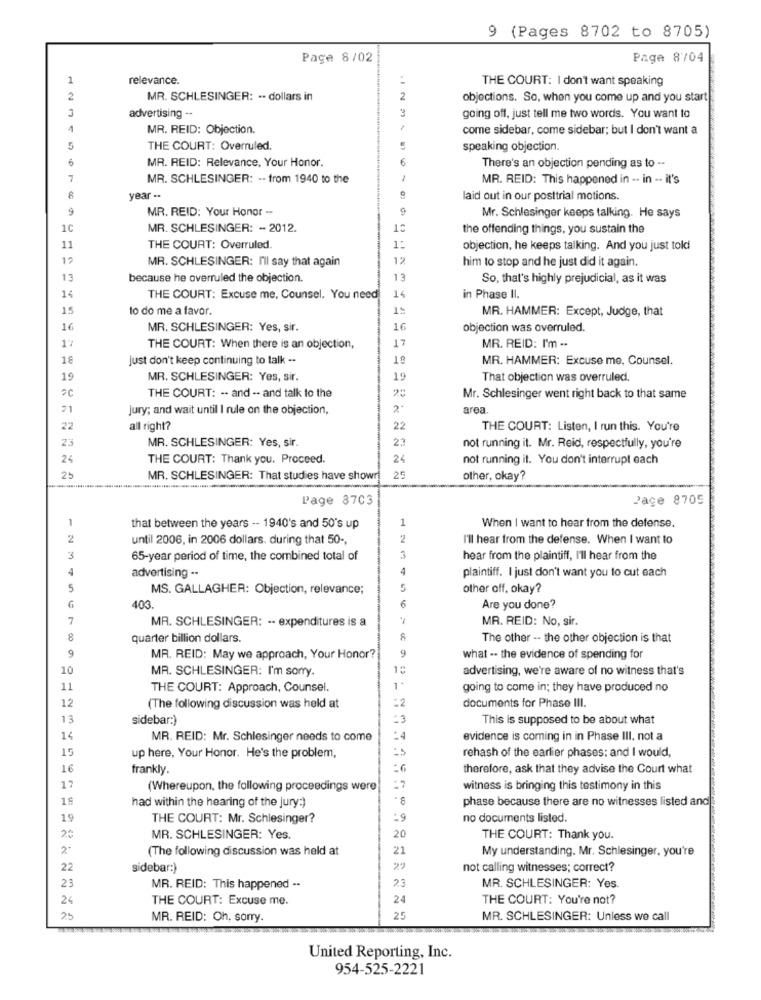
9 (Pages 8702 to 8705)
Page 8/02
Page 8704
1
relevance.
THE COURT: I don't want speaking
2
MR. SCHLESINGER: .. dollars in
2
objections. So, when you come up and you start
3
advertising -.
3
going off, just tell me two words. You want to
MR. REID: Objection.
come sidebar, come sidebar; but I don't want a
5
THE COURT: Overruled.
speaking objection.
6
MR. REID: Relevance, Your Honor.
6
There's an objection pending as to --
7
MR. SCHLESINGER: -- from 1940 to the
MR. REID: This happened in .. in -- it's
year -.
laid out in our posttrial motions.
MR. REID: Your Honor --
9
Mr. Schlesinger keeps talking. He says
1C
MR. SCHLESINGER: - 2012.
the offending things, you sustain the
11
THE COURT: Overruled.
1:
objection, he keeps talking. And you just told
12
MR. SCHLESINGER: I'll say that again
12
him to stop and he just did it again.
13
because he overruled the objection.
13
So, that's highly prejudicial, as it was
14
THE COURT: Excuse me, Counsel. You need
14
in Phase II.
15
to do me a favor.
MR. HAMMER: Except, Judge, that
16
MR. SCHLESINGER: Yes, sir.
16
objection was overruled.
17
17
THE COURT: When there is an objection,
MR. REID: I'm --
18
just don't keep continuing to talk --
18
MR. HAMMER: Excuse me, Counsel.
19
MR. SCHLESINGER: Yes, sir.
19
That objection was overruled.
THE COURT: -- and -- and talk to the
Mr. Schlesinger went right back to that same
21
Jury; and wait until I rule on the objection,
2º
area.
22
all right?
22
THE COURT: Listen, I run this. You're
23
MR. SCHLESINGER: Yes, sir.
23
not running it. Mr. Reid, respectfully, you're
24
THE COURT: Thank you. Proceed.
24
not running it. You don't interrupt each
25
MR. SCHLESINGER: That studies have shown
25
other, okay?
Page 8703
Page 8705
1
1
that between the years -- 1940's and 50's up
When I want to hear from the defense.
until 2006, in 2006 dollars. during that 50 -,
I'll hear from the defense. When I want to
3
65-year period of time, the combined total of
3
hear from the plaintiff, I'll hear from the
4
4
plaintiff. I just don't want you to cut each
advertising ..
5
MS. GALLAGHER: Objection, relevance;
other off, okay?
6
403.
6
Are you done?
7
MR. SCHLESINGER: .- expenditures is a
MR. REID: No, sir.
8
quarter billion dollars.
The other -- the other objection is that
9
MR. REID: May we approach, Your Honor?
9
what -- the evidence of spending for
10
MR. SCHLESINGER: I'm sorry.
advertising, we're aware of no witness that's
11
THE COURT: Approach, Counsel.
1.
going to come in; they have produced no
12
=2
(The following discussion was held at
documents for Phase III.
13
sidebar:)
=3
This is supposed to be about what
14
MR. REID: Mr. Schlesinger needs to come
evidence is coming in in Phase III. not a
15
rehash of the earlier phases: and I would,
up here, Your Honor. He's the problem,
16
frankly.
therefore, ask that they advise the Court what
17
(Whereupon, the following proceedings were)
witness is bringing this testimony in this
19
had within the hearing of the jury:)
*8
phase because there are no witnesses listed and
19
THE COURT: Mr. Schlesinger?
:9
no documents listed.
20
MR. SCHLESINGER: Yes.
20
THE COURT: Thank you.
2.
(The following discussion was held at
21
My understanding. Mr. Schlesinger, you're
22
sidebar:)
not calling witnesses; correct?
23
23
MR. REID: This happened --
MR. SCHLESINGER: Yes.
24
THE COURT: Excuse me.
24
THE COURT: You're not?
25
MR. REID: Oh, sorry.
25
MR. SCHLESINGER: Unless we call
United Reporting, Inc.
954-525-2221